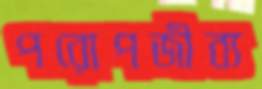
পরোপজীব্য